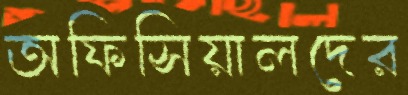
অফিসিয়ালদের